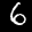
Label: 6